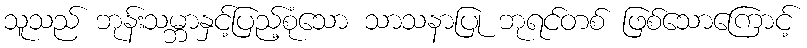
သူသည် ဘုန်းသမ္ဘာနှင့်ပြည့်စုံသော သာသနာပြု ဘုရင်တစ် ဖြစ်သောကြောင့်